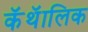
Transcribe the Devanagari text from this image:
कॅथॅालिक